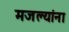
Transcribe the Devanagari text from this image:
मजल्यांना